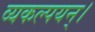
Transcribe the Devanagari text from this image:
व्यकल्पयन्।